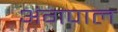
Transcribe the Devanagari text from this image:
अंगपाल